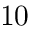
1 0